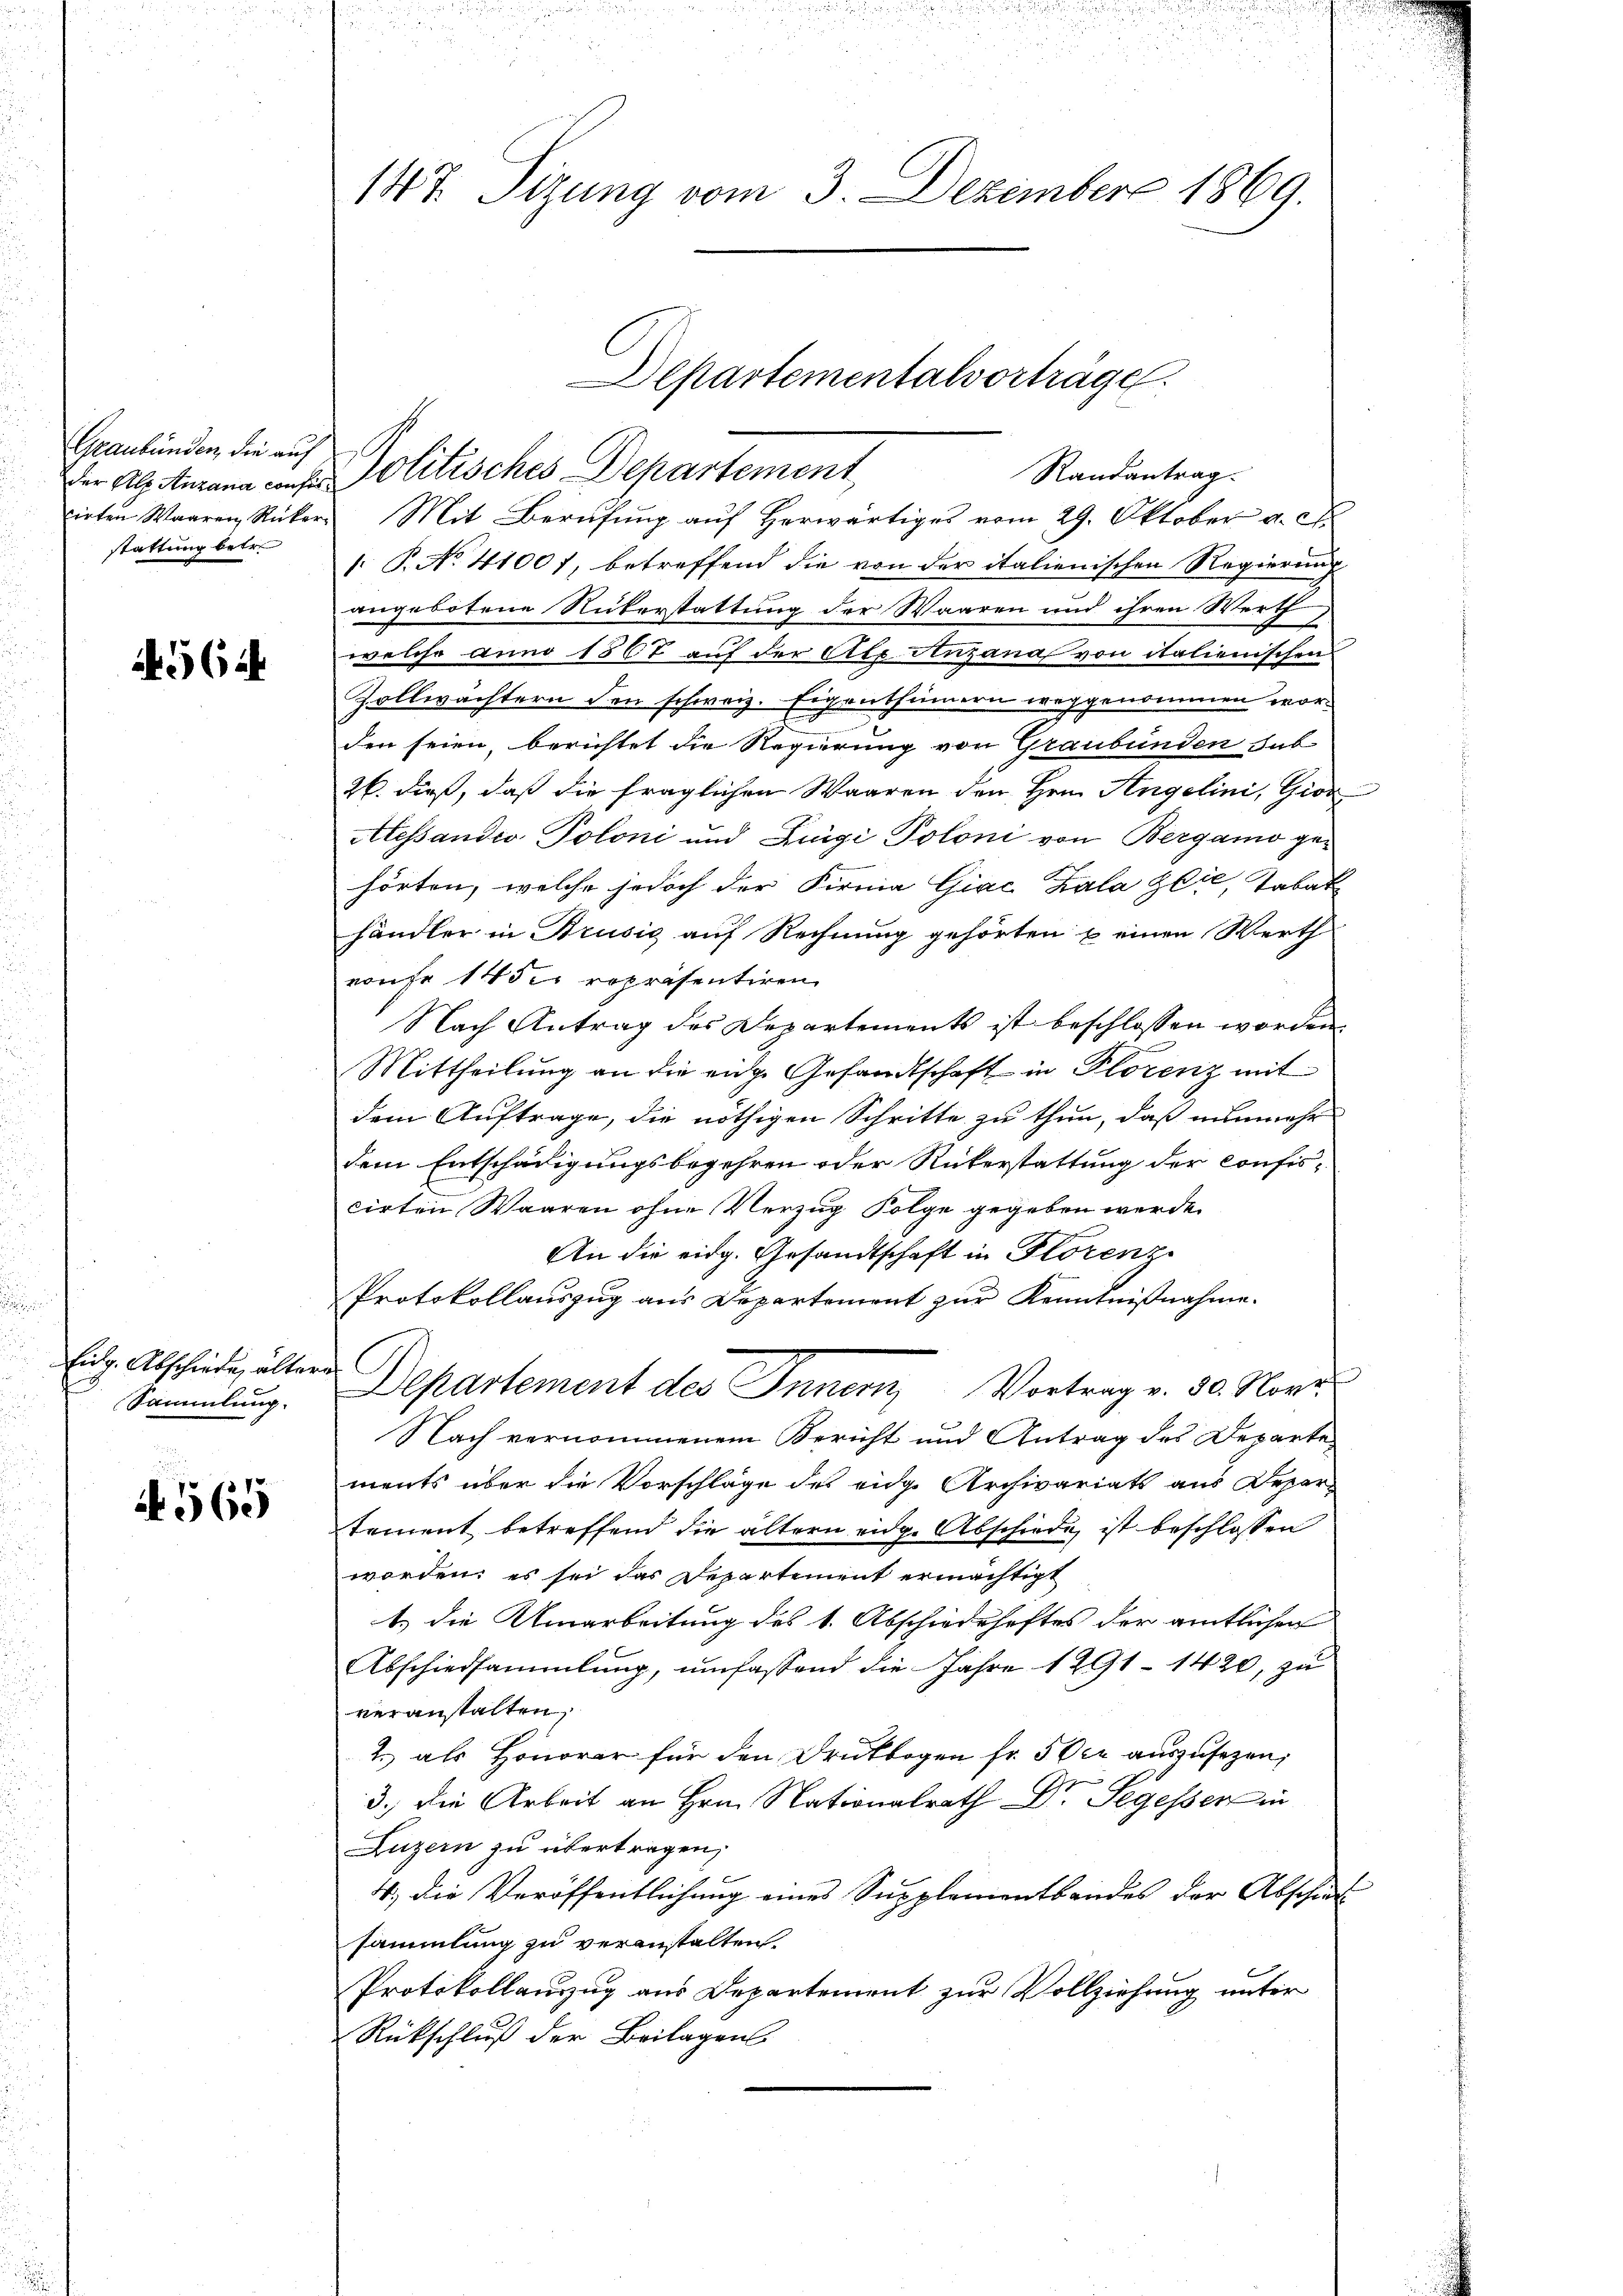
564

4565

Graubünden, die auf
stattung betr.

Eutz. Abschiede, ältere
Sammlung.

cirten Waaren Rücker. Mit Berŭfŭng aŭf herwärtiges vom 29. Oktober a. c.
: P. No. 41001, betreffend die von der italienischen Regierung
ungebotene Rükerstattung der Waaren und ihren Werth
welche anno 1567 auf der Alp Anzana von italienischen
Zollwächtern den schweiz. Eigenthümern weggenommen worden seien, berichtet die Regierung von Graubünden sub
26. dieß, daß die fraglichen Waaren den Hrn. Angelini, Gior
Alessandio Poloni und Zingi Poloni von Bergamo gehörten, welche jedoch der Firma Giac Kala Zeie, Tabak
händler in Brusić auf Rechnung gehörten & einen Werth
rauf 145. repräsentiren
Nach Antrag des Departements ist beschlossen worden
.
Mittheilung an die eine Gesandtschaft in Plorenz mit
dem Auftrage, die nöthigen Schritte zu thun, daß nunmehr
dem Entschädigungsbegehren oder Rükerstattung der confis-
cirten Waaren ohne Verzug Folge gegeben werde.
An die eidg. Gesandtschaft in Florenz
Protokollauszug aus Departement zur Kenntnißnahme.
Departement des Inner Vortrag v. 30. Nove
Nach vernommenem Bericht und Antrag des Departe
ments über die Vorschläge des eidge Archivariats aus Depar-
tement betreffend die ältern eidge Abschiede, ist beschlossen
worden; es sei das Departement ermächtigt
1.) Die Umarbeitung des 1. Abschiedehaftes der amtlichen
Abschiedsammlung, umfassend die Jahre 1291 - 1420, zu
veranstalten,
2. als Honorar für den Druckbogen fr. 5 der auszusetzen;
3.) Die Arbeit an Hrn. Nationalrath Dr. Segessen in
Luzern zu übertragen,
4., die Veröffentlichung eines Supplementbandes der Abschied
sammlung zu veranstalten.
Protokollauszug aus Departement zur Vollziehung unter
Rückschluß der Beilagens

147. Sizung vom 3. Dezember 1869.

der Alterana cons Politisches Departement,

Departementalvorträge.
Randantrag.